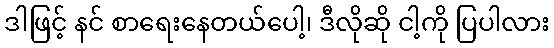
ဒါဖြင့် နင် စာရေးနေတယ်ပေါ့၊ ဒီလိုဆို ငါ့ကို ပြပါလား